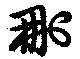
刪